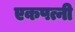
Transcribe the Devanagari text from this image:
एकपत्नी